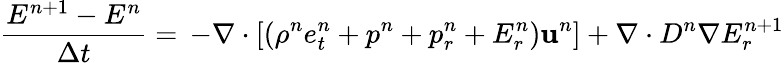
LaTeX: \frac{E^{n+1}-E^{n}}{\Delta t}=\, -\nabla\cdot\left[\left(\rho^{n}e_{t}^{n}+p^{n}+p_{r}^{n}+E_{r}^{n}\right)\mathbf{u}^{n}\right]+\nabla\cdot D^{n}\nabla E_{r}^{n+1}